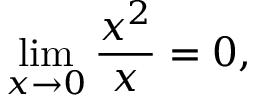
\operatorname* { l i m } _ { x \to 0 } { \frac { x ^ { 2 } } { x } } = 0 , \qquad